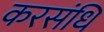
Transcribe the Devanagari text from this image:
करसंधि